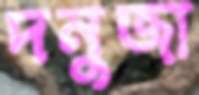
দনুজা